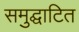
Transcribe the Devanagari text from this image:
समुद्घाटित